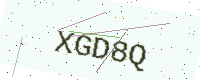
Text: XGD8Q